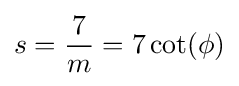
s={\frac {7}{m}}=7\cot(\phi )